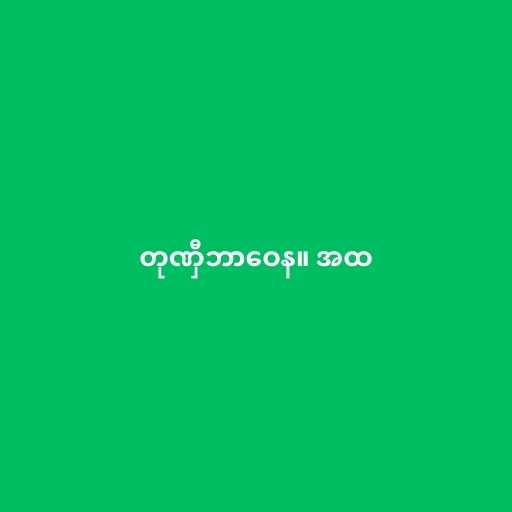
တုဏှီဘာဝေန။ အထ